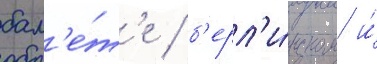
бал'е́т'е / б'ерл'и́нском и́